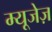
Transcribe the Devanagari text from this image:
म्यूजेज़